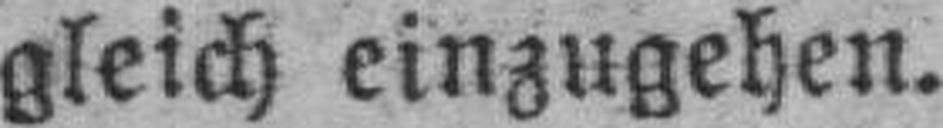
gleich einzugehen.